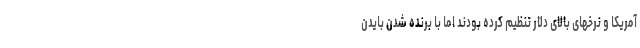
آمریکا و نرخهای بالای دلار تنظیم کرده بودند اما با برنده شدن بایدن